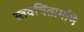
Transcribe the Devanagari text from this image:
स्तवचिंतामणि